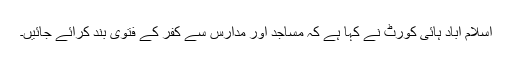
اسلام آباد ہائی کورٹ نے کہا ہے کہ مساجد اور مدارس سے کفر کے فتوی بند کرائے جائیں۔